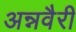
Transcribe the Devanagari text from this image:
अन्नवैरी